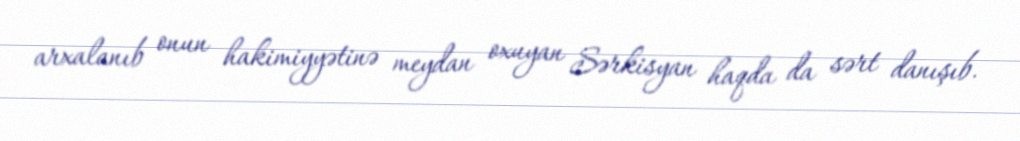
arxalanıb onun hakimiyyətinə meydan oxuyan Sərkisyan haqda da sərt danışıb.